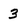
Character: 3